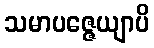
သမာပဇ္ဇေယျာပိ